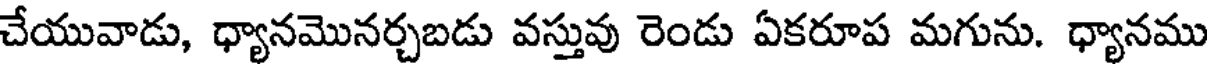
చేయువాడు, ధ్యానమొనర్చబడు వస్తువు రెండు ఏకరూప మగును. ధ్యానము